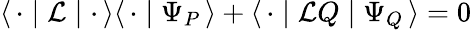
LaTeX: \langle\, {\mathbf\cdot}\mid{\cal L}\mid{\mathbf\cdot}\, \rangle\langle\, {\mathbf\cdot}\mid\Psi_{P}\, \rangle+\langle\, {\mathbf\cdot}\mid{\cal L}Q\mid\Psi_{Q}\, \rangle=0